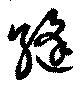
縫